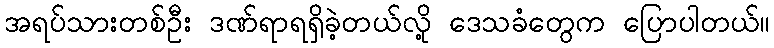
အရပ်သားတစ်ဦး ဒဏ်ရာရရှိခဲ့တယ်လို့ ဒေသခံတွေက ပြောပါတယ်။